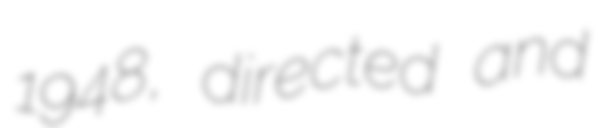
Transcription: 1948, directed and